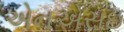
એનએસઇ